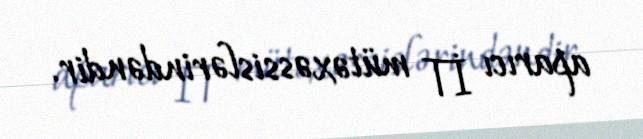
aparıcı İT mütəxəssislərindəndir.